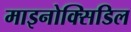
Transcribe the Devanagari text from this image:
माइनोक्सिडिल